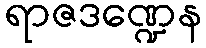
ရာဇဒဏ္ဍေန